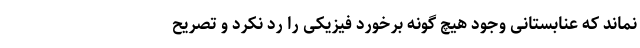
نماند که عنابستانی وجود هیچ گونه برخورد فیزیکی را رد نکرد و تصریح